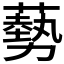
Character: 𫉥